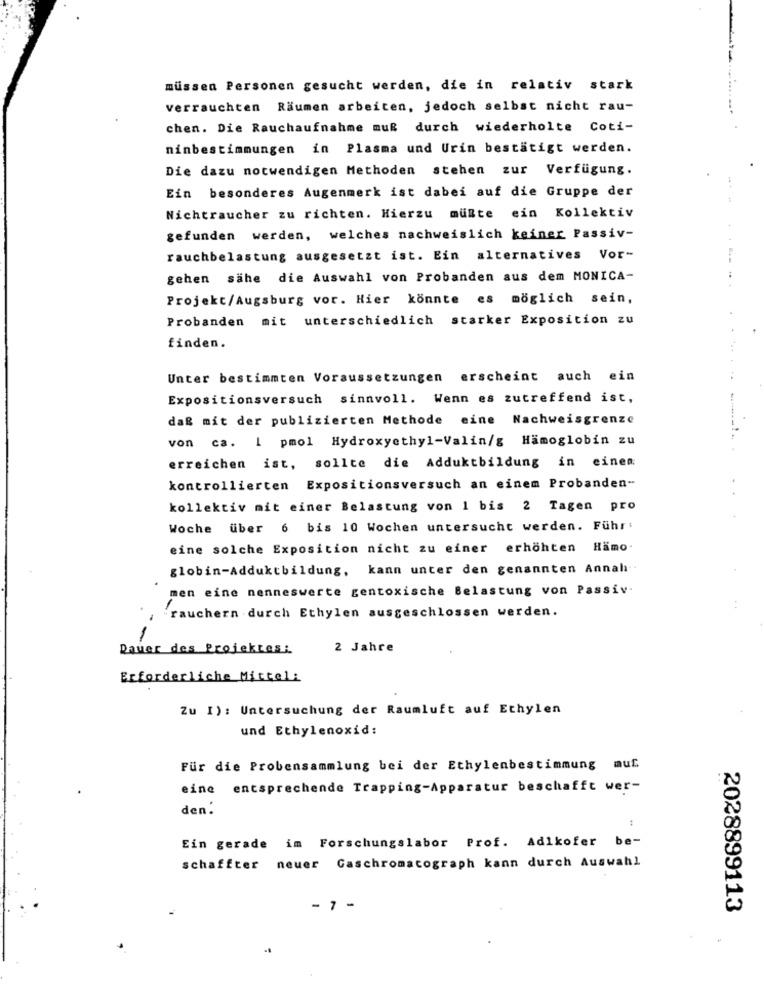
müssen Personen gesucht werden, die in relativ stark
verrauchten Räumen arbeiten, jedoch selbst nicht rau-
chen. Die Rauchaufnahme muß durch wiederholte Coti-
ninbestimmungen in Plasma und Urin bestätigt werden.
Die dazu notwendigen Methoden stehen zur Verfügung.
Ein besonderes Augenmerk ist dabei auf die Gruppe der
Nichtraucher zu richten. Hierzu müßte ein Kollektiv
gefunden werden, welches nachweislich keiner Passiv-
rauchbelastung ausgesetzt ist. Ein alternatives Vor-
gehen sähe die Auswahl von Probanden aus dem MONICA-
Projekt/Augsburg vor. Hier könnte es möglich sein,
Probanden mit unterschiedlich starker Exposition zu
finden.
Unter bestimmten Voraussetzungen erscheint auch ein
Expositionsversuch sinnvoll. Wenn es zutreffend ist,
daß mit der publizierten Methode eine Nachweisgrenze
von ca. I pmol Hydroxyethyl-Valin/g Hämoglobin zu
erreichen ist, sollte die Adduktbildung in einen
kontrollierten Expositionsversuch an einem Probanden-
kollektiv mit einer Belastung von 1 bis 2 Tagen pro
Woche über 6 bis 10 Wochen untersucht werden. Führ:
eine solche Exposition nicht zu einer erhöhten Hamo
globin-Adduktbildung, kann unter den genannten Annalı ..
men eine nenneswerte gentoxische Belastung von Passiv.
"rauchern durch Ethylen ausgeschlossen werden.
Dauer des Projektes:
2 Jahre
Erforderliche Mittel:
Zu I): Untersuchung der Raumluft auf Ethylen
und Ethylenoxid:
Für die Probensammlung bei der Ethylenbestimmung muf
eine entsprechende Trapping-Apparatur beschafft wer-
den:
Ein gerade im Forschungslabor Prof. Adikofer be-
schaffter neuer Gaschromatograph kann durch Auswahl
- 7 -
2028899113